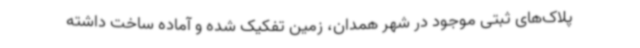
پلاک‌های ثبتی موجود در شهر همدان، زمین تفکیک شده و آماده ساخت داشته